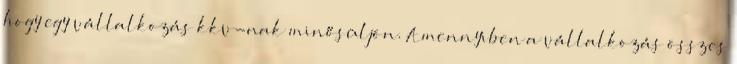
hogy egy vállalkozás kkv-nak minősüljön. Amennyiben a vállalkozás összes